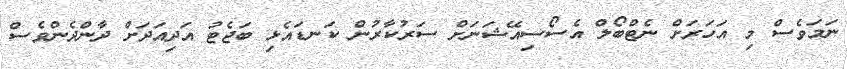
ނަމަވެސް މި އަހަރަށް ނެޓްބޯލް އެސޯސިއޭޝަނަށް ސަރުކާރުން ކަނޑައެޅި ބަޖެޓު އަދިއަދަށް ދާންދެންވެސް